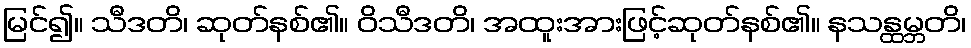
မြင်၍။ သီဒတိ၊ ဆုတ်နစ်၏။ ဝိသီဒတိ၊ အထူးအားဖြင့်ဆုတ်နစ်၏။ နသန္ထမ္ဘတိ၊